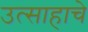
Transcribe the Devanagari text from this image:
उत्साहाचे